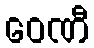
ဝေဏီ